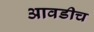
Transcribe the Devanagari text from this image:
आवडीच